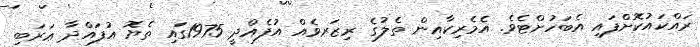
ރައްކައުކޮށްފައި އެބަހުށްޓެވެ. އެމެރިކާއިން ތެލުގެ ރިޒަރވެއް އުފެއްދީ 1975ގައި ތެޔޮ އުފައްދާ ޢަރަބި